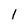
Character: 1